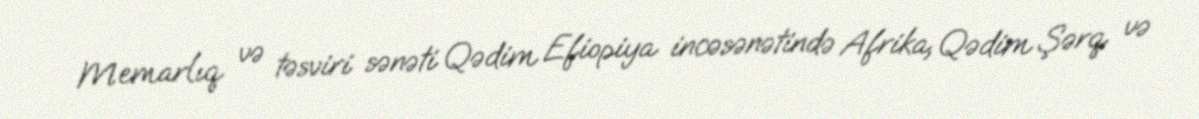
Memarlıq və təsviri sənəti Qədim Efiopiya incəsənətində Afrika, Qədim Şərq və